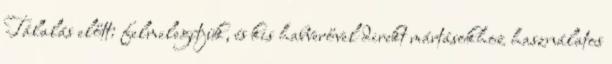
Tálalás előtt: felmelegítjük, és kis habverővel direkt mártásokhoz használatos